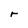
Character: r